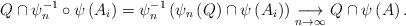
LaTeX: \begin{align*}Q\cap\psi_{n}^{-1}\circ\psi\left(A_{i}\right)=\psi_{n}^{-1}\left(\psi_{n}\left(Q\right)\cap\psi\left(A_{i}\right)\right)\underset{n\to\infty}{\longrightarrow}Q\cap\psi\left(A\right).\end{align*}